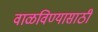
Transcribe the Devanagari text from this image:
वाळविण्यासाठी